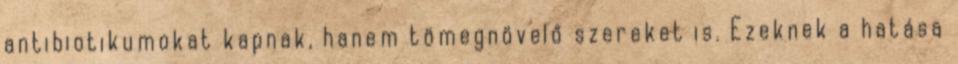
antibiotikumokat kapnak, hanem tömegnövelő szereket is. Ezeknek a hatása